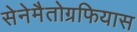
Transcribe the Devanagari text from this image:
सेनेमैतोग्रफियास